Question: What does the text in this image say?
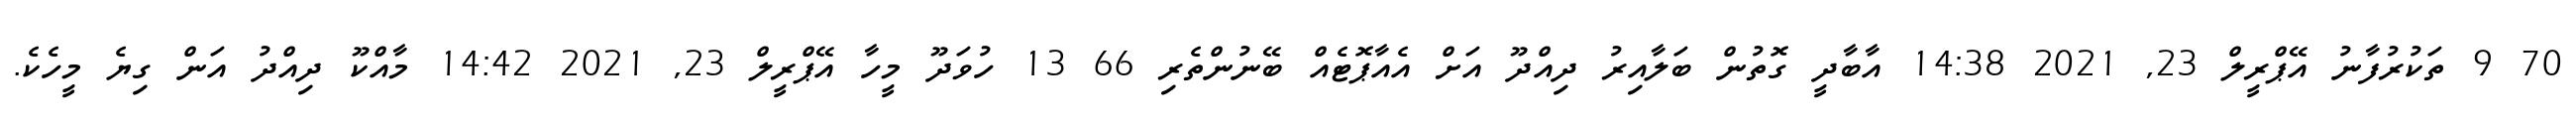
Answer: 70 9 ތަކުރުފާނު އޭޕްރީލް 23, 2021 14:38 އާބާދީ ގޮތުން ބަލާއިރު ދިއްދޫ އަށް އެއާޕޮޓެއް ބޭނުންތެރި 66 13 ހުވަދޫ މީހާ އޭޕްރީލް 23, 2021 14:42 މާއްކޫ ދިއްދު އަން ގިޔެ މީހެކެ.